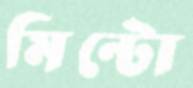
মিন্টো